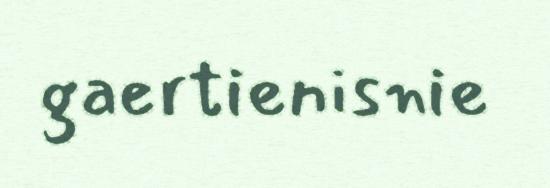
gaertienisnie